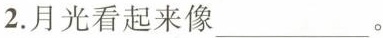
2.月光看起来像___。